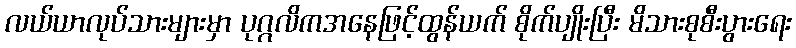
လယ်ယာလုပ်သားများမှာ ပုဂ္ဂလိကအနေဖြင့်ထွန်ယက် စိုက်ပျိုးပြီး မိသားစုစီးပွားရေး